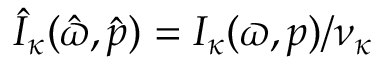
\hat { { \cal I } } _ { \kappa } ( \hat { \varpi } , \hat { p } ) = { \cal I } _ { \kappa } ( \varpi , p ) / \nu _ { \kappa }